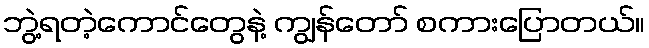
ဘွဲ့ရတဲ့ကောင်တွေနဲ့ ကျွန်တော် စကားပြောတယ်။